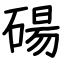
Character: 碭